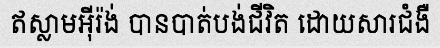
ឥស្លាមអ៊ីរ៉ង់ បានបាត់បង់ជីវិត ដោយសារជំងឺ